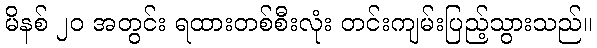
မိနစ် ၂၀ အတွင်း ရထားတစ်စီးလုံး တင်းကျမ်းပြည့်သွားသည်။